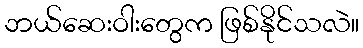
ဘယ်ဆေးဝါးတွေက ဖြစ်နိုင်သလဲ။